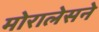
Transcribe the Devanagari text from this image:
मोरालेसने